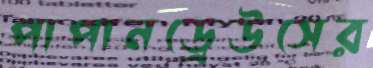
পাপানড্রেউসের